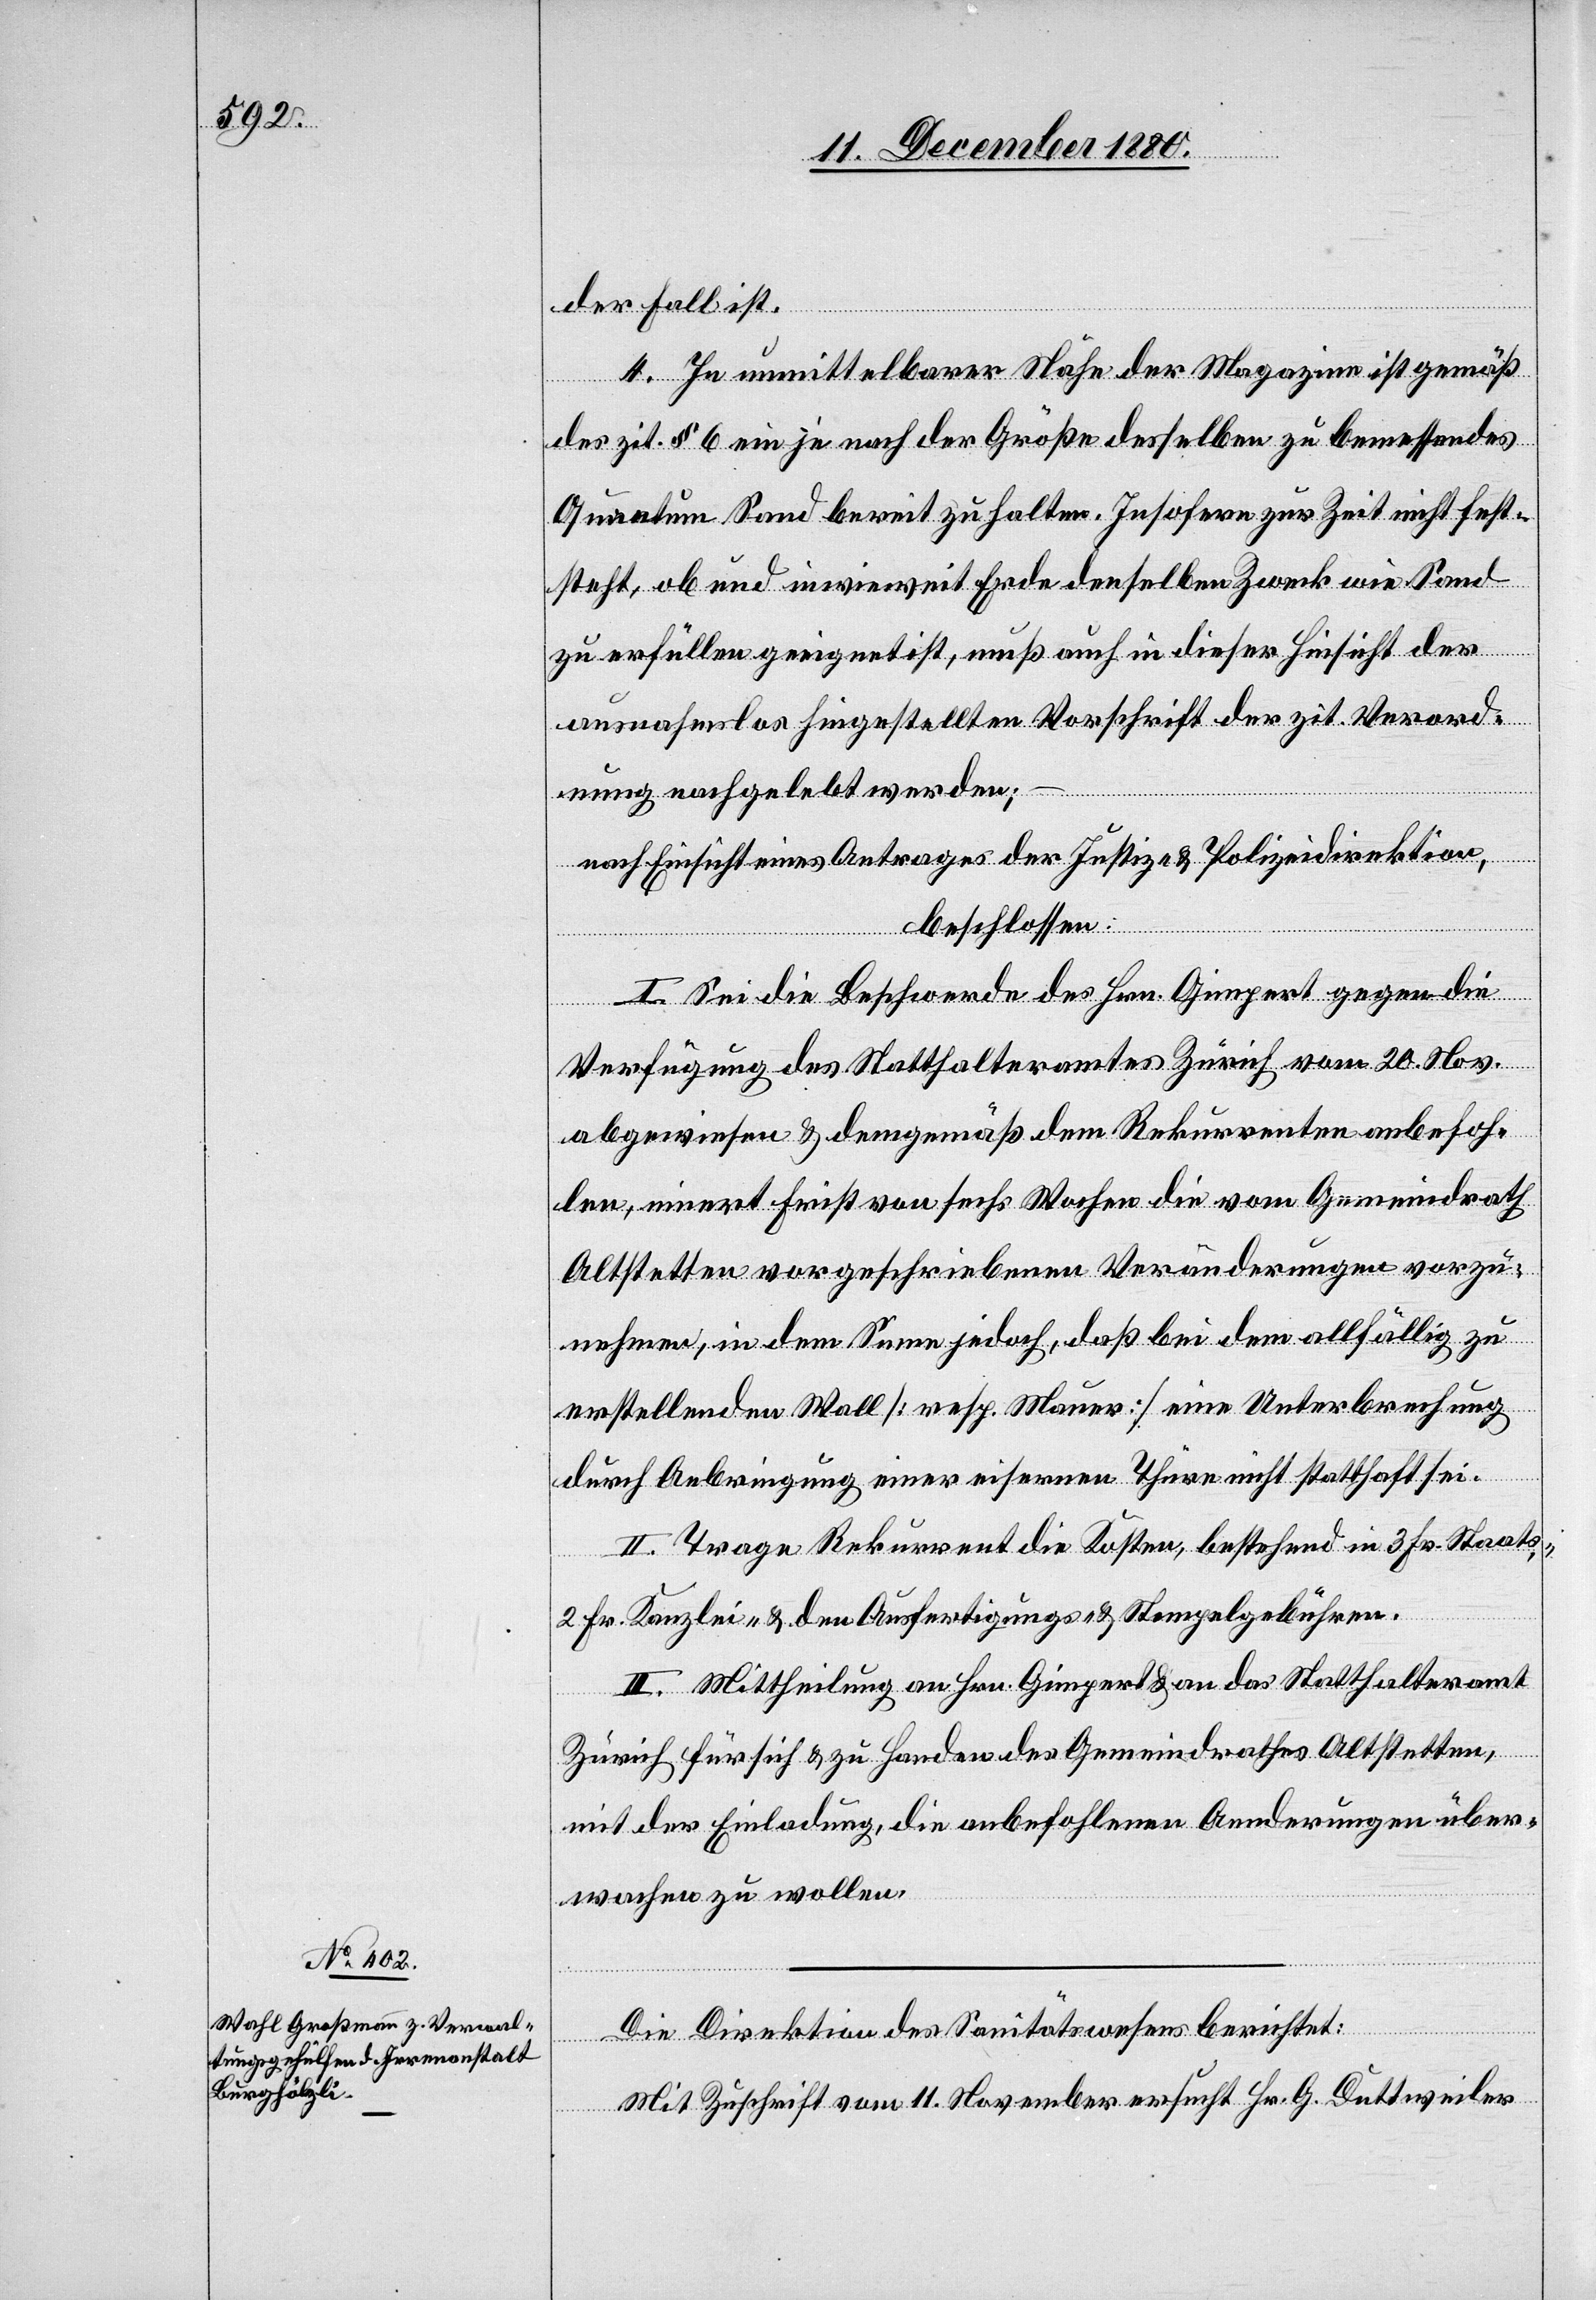
der Fall ist.
4. In unmittelbarer Nähe der Magazine ist gemäß
des zit. § 6 ein je nach der Größe desselben zu bemessendes
Quantum Sand bereit zu halten. Insofern zur Zeit nicht fest¬
steht, ob und inwieweit Erde denselben Zweck wie Sand
zu erfüllen geeignet ist, muß auch in dieser Hinsicht der
ausnahmslos hingestellten Vorschrift der zit. Verord¬
nung nachgelebt werden;
–
nach Einsicht eines Antrages der Justiz- & Polizeidirektion,
beschlossen:
I. Sei die Beschwerde des Hrn. Gimpert gegen die
Verfügung des Statthalteramtes Zürich vom 20. Nov.
abgewiesen & demgemäß dem Rekurrenten anbefoh¬
len, innert Frist von sechs Wochen die vom Gemeindrath
Altstetten vorgeschriebenen Veränderungen vorzu¬
nehmen, in dem Sinne jedoch, daß bei dem allfällig zu
erstellenden Wall [resp. Mauer] eine Unterbrechung
durch Anbringung einer eisernen Thüre nicht statthaft sei.
II. Trage Rekurrent die Kosten, bestehend in 3 Fr. Staats-,
2 Fr. Kanzlei- & den Ausfertigungs- & Stempelgebühren.
III. Mittheilung an Hrn. Gimpert & an das Statthalteramt
Zürich für sich & zu Handen des Gemeindrathes Altstetten,
mit der Einladung, die anbefohlenen Aenderungen über¬
wachen zu wollen.
Die Direktion des Sanitätswesens berichtet:
Mit Zuschrift vom 11. November ersucht Hr. G. Duttweiler